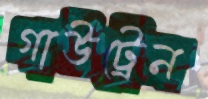
গাউট্রেন